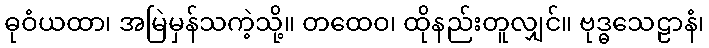
ဓုဝံယထာ၊ အမြဲမှန်သကဲ့သို့။ တထေဝ၊ ထိုနည်းတူလျှင်။ ဗုဒ္ဓသေဠာနံ၊